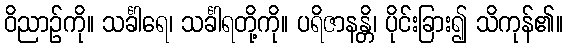
ဝိညာဉ်ကို။ သင်္ခါရေ၊ သင်္ခါရတို့ကို။ ပရိဇာနန္တိ၊ ပိုင်းခြား၍ သိကုန်၏။